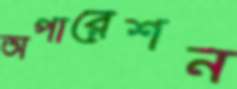
অপারেশন